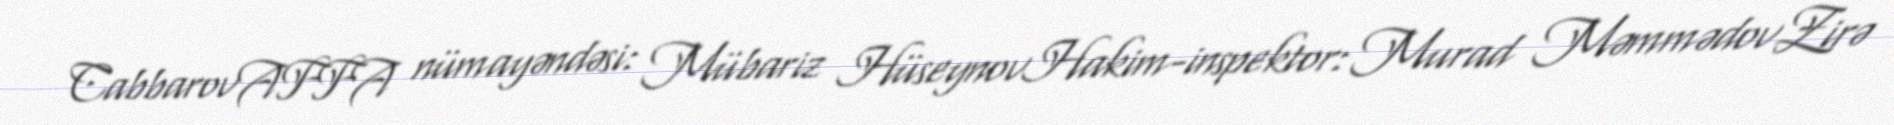
CabbarovAFFA nümayəndəsi: Mübariz HüseynovHakim-inspektor: Murad MəmmədovZirə